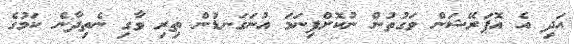
އަދި އެ އޮޕަރޭޝަން ވަގުތުން ނުކޮށްފިނަމަ އުނަގަނޑުން ތިރި ވާގި ނެތިދާނެ ކަމުގެ